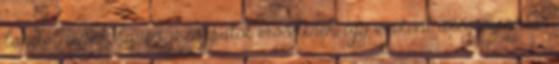
landolnának, hanem a csapatot erősítenék, így viszont szegény ember